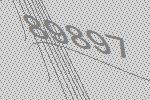
89897